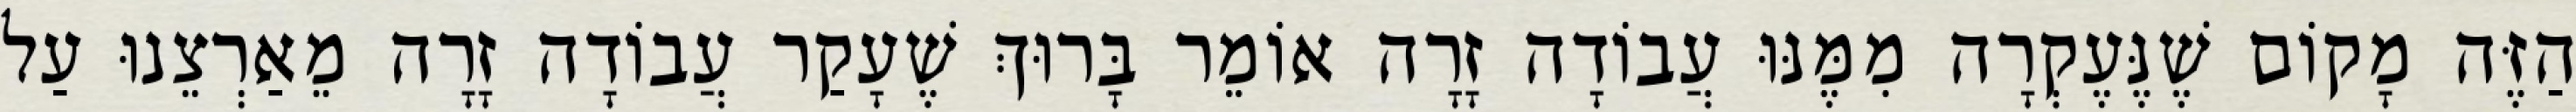
הַזֶּה מָקוֹם שֶׁנֶּעֶקְרָה מִמֶּנּוּ עֲבוֹדָה זָרָה אוֹמֵר בָּרוּךְ שֶׁעָקַר עֲבוֹדָה זָרָה מֵאַרְצֵנוּ עַל